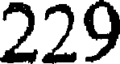
229